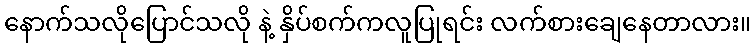
နောက်သလိုပြောင်သလို နဲ့ နှိပ်စက်ကလူပြုရင်း လက်စားချေနေတာလား။